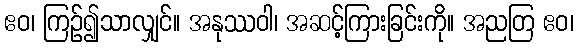
ဧဝ၊ ကြဉ်၍သာလျှင်။ အနုဿဝါ၊ အဆင့်ကြားခြင်းကို။ အညတြ ဧဝ၊